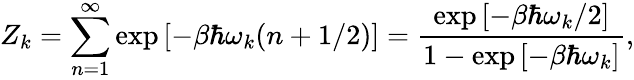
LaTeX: Z_{k}=\sum_{n=1}^{\infty}\exp\left[-\beta\hbar\omega_{k}(n+1/2)\right]=\frac{\exp\left[-\beta\hbar\omega_{k}/2\right]}{1-\exp\left[-\beta\hbar\omega_{k}\right]},